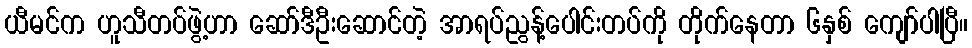
ယီမင်က ဟူသီတပ်ဖွဲ့ဟာ ဆော်ဒီဦးဆောင်တဲ့ အာရပ်ညွန့်ပေါင်းတပ်ကို တိုက်နေတာ ၆နှစ် ကျော်ပါပြီ။